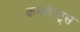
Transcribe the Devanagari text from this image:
कनसेप्ट्स